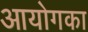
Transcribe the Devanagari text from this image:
आयोगका